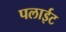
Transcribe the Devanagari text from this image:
पलाईट